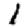
Digit: 1